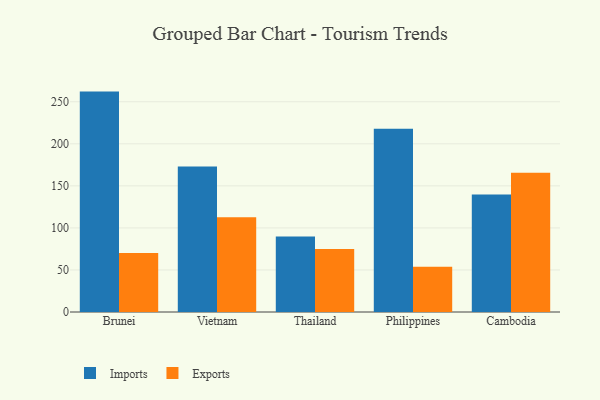
{"axis": {"x": "Country", "y": "Customer Acquisition Cost (USD)"}, "legend": ["Exports", "Imports"], "data": [{"x": "Brunei", "y": 262.1, "type": "Imports"}, {"x": "Brunei", "y": 70.2, "type": "Exports"}, {"x": "Vietnam", "y": 173.0, "type": "Imports"}, {"x": "Vietnam", "y": 112.7, "type": "Exports"}, {"x": "Thailand", "y": 89.8, "type": "Imports"}, {"x": "Thailand", "y": 74.9, "type": "Exports"}, {"x": "Philippines", "y": 217.9, "type": "Imports"}, {"x": "Philippines", "y": 53.7, "type": "Exports"}, {"x": "Cambodia", "y": 139.8, "type": "Imports"}, {"x": "Cambodia", "y": 165.6, "type": "Exports"}]}